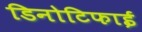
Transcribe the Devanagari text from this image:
डिनोटिफाई